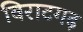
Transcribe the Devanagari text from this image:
विराटगढ़